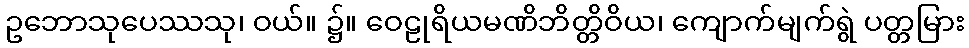
ဥဘောသုပေဿသု၊ ဝယ်။ ၌။ ဝေဠုရိယမဏိဘိတ္တိဝိယ၊ ကျောက်မျက်ရွဲ ပတ္တမြား